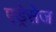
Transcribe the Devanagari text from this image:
एड्रेसेज